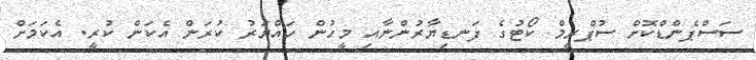
ސަސްޕެންޑްކޮށް ސުޕްރީމް ކޯޓުގެ ފަނޑިޔާރުންނާއި މީހުން ހައްޔަރު ކުރަން އެކަން ކުރީ. އެކަމަށް